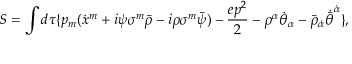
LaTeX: S = \int d \tau \{ p _ { m } ( \dot { x } ^ { m } + i \psi \sigma ^ { m } \bar { \rho } - i \rho \sigma ^ { m } \bar { \psi } ) - \frac { e p ^ { 2 } } { 2 } - { \rho ^ { \alpha } } { \dot { \theta } } _ { \alpha } - { \bar { \rho } } _ { \dot { \alpha } } { \dot { \bar { \theta } } } ^ { \dot { \alpha } } \} ,